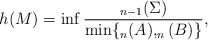
\begin{align*}h(M)=\inf \frac{_{n-1}(\Sigma)}{\min\{_n(A),_n(B)\} },\end{align*}